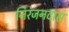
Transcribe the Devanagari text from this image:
निरंजनदास